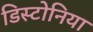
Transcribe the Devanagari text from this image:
डिस्टोनिया